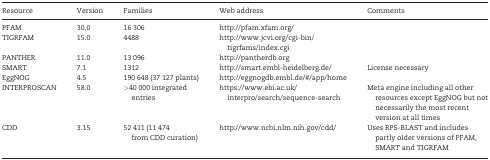
<table><thead><tr><td><b>Resource</b></td><td><b>Version</b></td><td><b>Families</b></td><td><b>Web address</b></td><td><b>Comments</b></td></tr></thead><tbody><tr><td>PFAM</td><td>30.0</td><td>16 306</td><td>http://pfam.xfam.org/</td><td></td></tr><tr><td>TIGRFAM</td><td>15.0</td><td>4488</td><td>http://www.jcvi.org/cgi-bin/ tigrfams/index.cgi</td><td></td></tr><tr><td>PANTHER</td><td>11.0</td><td>13 096</td><td>http://pantherdb.org</td><td></td></tr><tr><td>SMART</td><td>7.1</td><td>1312</td><td>http://smart.embl-heidelberg.de/</td><td>License necessary</td></tr><tr><td>EggNOG</td><td>4.5</td><td>190 648 (37 127 plants)</td><td>http://eggnogdb.embl.de/#/app/home</td><td></td></tr><tr><td>INTERPROSCAN</td><td>58.0</td><td>&gt;40 000 integrated entries</td><td>https://www.ebi.ac.uk/ interpro/search/sequence-search</td><td>Meta engine including all other resources except EggNOG but not necessarily the most recent version at all times</td></tr><tr><td>CDD</td><td>3.15</td><td>52 411 (11 474 from CDD curation)</td><td>http://www.ncbi.nlm.nih.gov/cdd/</td><td>Uses RPS-BLAST and includes partly older versions of PFAM, SMART and TIGRFAM</td></tr></tbody></table>